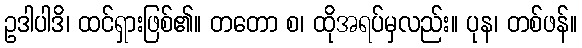
ဥဒါပါဒိ၊ ထင်ရှားဖြစ်၏။ တတော စ၊ ထိုအရပ်မှလည်း။ ပုန၊ တစ်ဖန်။